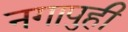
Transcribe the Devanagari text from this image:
नगापुही